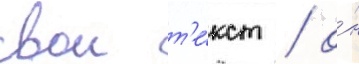
свои т'е́кст / о́н